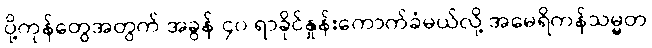
ပို့ကုန်တွေအတွက် အခွန် ၄၀ ရာခိုင်နှုန်းကောက်ခံမယ်လို့ အမေရိကန်သမ္မတ